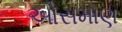
ઓસમાણ